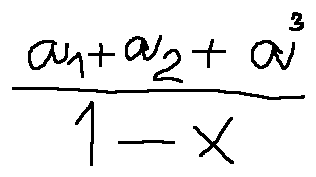
\frac { a _ { 1 } + a _ { 2 } + a ^ { 3 } } { 1 - x }